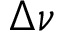
\Delta \nu